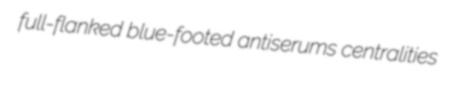
full-flanked blue-footed antiserums centralities